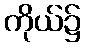
ကိုယ်၌